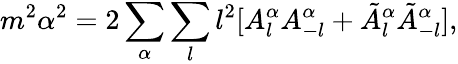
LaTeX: m^{2}\alpha^{2}=2\sum_{\alpha}\sum_{l}l^{2}[A_{l}^{\alpha}A_{-l}^{\alpha}+\tilde{A}_{l}^{\alpha}\tilde{A}_{-l}^{\alpha}],